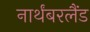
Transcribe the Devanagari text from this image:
नार्थंबरलैंड